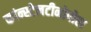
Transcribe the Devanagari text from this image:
कांन्स्टेनटीनोपोल